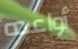
أواعده